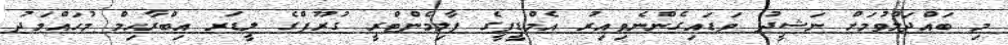
މި ބައްދަލްވުމަށް ނަޝީދު ވަޑައިގެންނެވިއިރު އެމްޑީޕީގެ ޕާލިމެންޓްރީ ގުރޫޕްގެ ލީޑަރ އިބްރާހިމް މުހައްމަދު